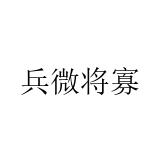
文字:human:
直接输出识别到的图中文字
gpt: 兵微将寡